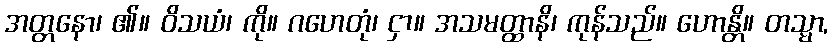
အတ္တနော၊ ၏။ ဝိသယံ၊ ကို။ ဂဟေတုံ၊ ငှာ။ အသမတ္ထာနိ၊ ကုန်သည်။ ဟောန္တိ။ တသ္မာ,